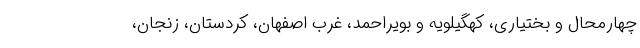
چهارمحال و بختیاری، کهگیلویه و بویراحمد، غرب اصفهان، کردستان، زنجان،